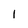
Character: I